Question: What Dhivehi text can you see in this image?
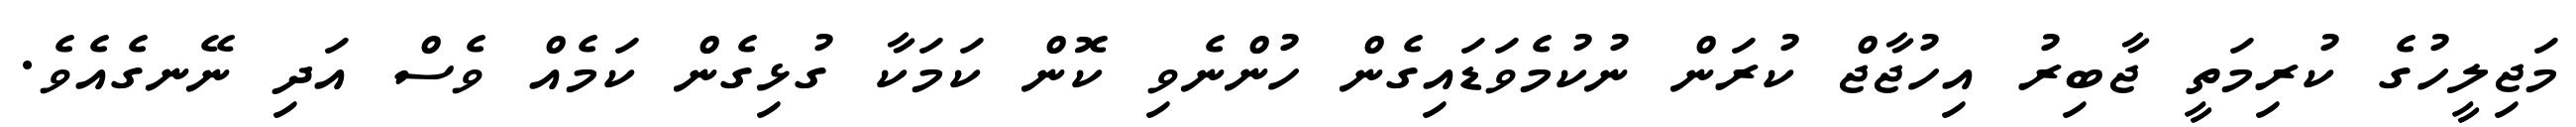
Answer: މަޖިލީހުގެ ކުރިމަތީ ޖާބިރު އިހުޖާޖް ކުރަން ނުކުމެވަޑައިގެން ހުންނެވި ކޮން ކަމަކާ ގުޅިގެން ކަމެއް ވެސް އަދި ނޭނގެއެވެ.